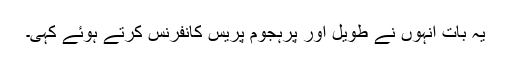
یہ بات انہوں نے طویل اور پرہجوم پریس کانفرنس کرتے ہوئے کہی۔